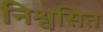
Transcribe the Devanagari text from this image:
निश्वसित